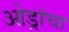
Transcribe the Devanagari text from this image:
ओड्रांचा